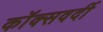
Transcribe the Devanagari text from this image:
कॉक्सवर्दी